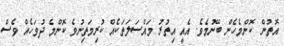
އޮތުން ކޮންމެހެން ބޭނުމެވެ. އެއީ އިތުރު މައްސަލަތަކެއް ކުރިމަތިނުވެ ކޮންމެ ދުވަހެއް ވެސް